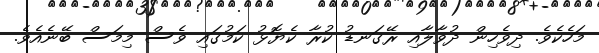
މަހެކެވެ. ދިވެހިން ދުވާލާއި ރޭގަނޑު ކުރާ ކެޔޮޅު ކަމުގައި ވެސް މިމަސް ބޭނެއެވެ.